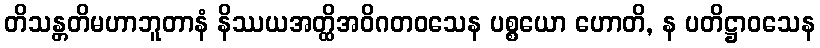
တိသန္တတိမဟာဘူတာနံ နိဿယအတ္ထိအဝိဂတဝသေန ပစ္စယော ဟောတိ, န ပတိဋ္ဌာဝသေန